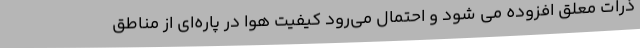
ذرات معلق افزوده می شود و احتمال می‌رود کیفیت هوا در پاره‌ای از مناطق